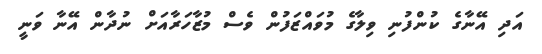
އަދި އޭނާގެ ކުންފުނި ވިލާގެ މުވައްޒަފުން ވެސް މުޒާހަރާއަށް ނުދާން އޭނާ ވަނީ